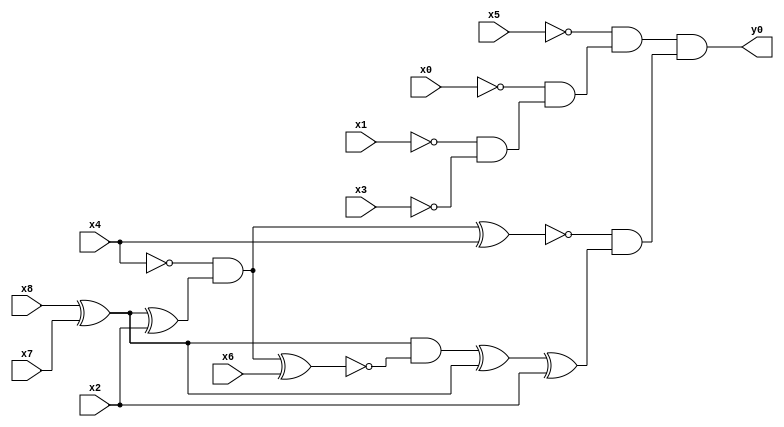
module top( x0 , x1 , x2 , x3 , x4 , x5 , x6 , x7 , x8 , y0 );
  input x0 , x1 , x2 , x3 , x4 , x5 , x6 , x7 , x8 ;
  output y0 ;
  wire n10 , n11 , n12 , n13 , n14 , n15 , n16 , n17 , n18 , n19 , n20 , n21 , n22 ;
  assign n10 = ~x1 & ~x3 ;
  assign n11 = ~x0 & n10 ;
  assign n12 = ~x5 & n11 ;
  assign n13 = x8 ^ x7 ;
  assign n14 = n13 ^ x2 ;
  assign n15 = ~x4 & n14 ;
  assign n16 = n15 ^ x4 ;
  assign n17 = n15 ^ x6 ;
  assign n18 = n13 & ~n17 ;
  assign n19 = n18 ^ n13 ;
  assign n20 = n19 ^ x2 ;
  assign n21 = ~n16 & n20 ;
  assign n22 = n12 & n21 ;
  assign y0 = n22 ;
endmodule